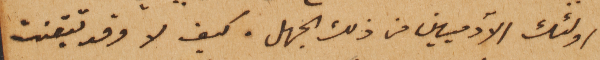
اولئك الآدميين من ذلك الجهل. كيف لا وقد تيقنت